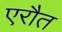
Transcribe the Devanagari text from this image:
एरौत